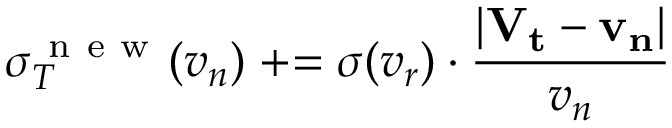
\sigma _ { T } ^ { \mathrm { ~ n ~ e ~ w ~ } } ( v _ { n } ) \mathrel { + } = \sigma ( v _ { r } ) \cdot \frac { | \mathbf { V _ { t } } - \mathbf { v _ { n } } | } { v _ { n } }